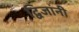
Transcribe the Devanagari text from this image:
द्विजांनी